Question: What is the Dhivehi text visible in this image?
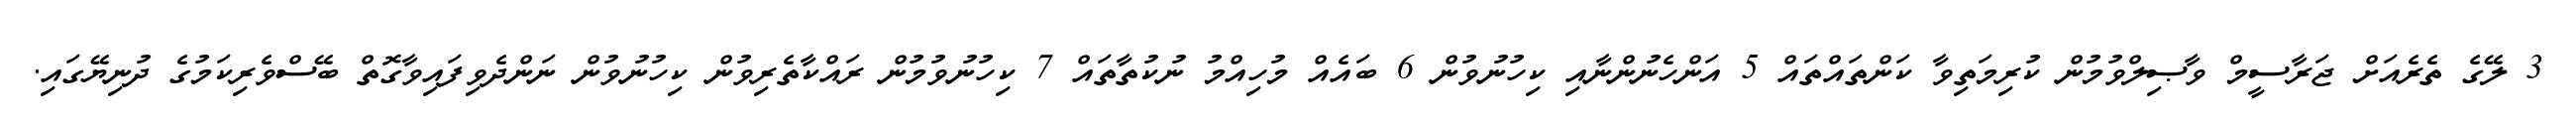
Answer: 3 ލޭގެ ތެރެއަށް ޖަރާސީމް ވާޞިލްވުމުން ކުރިމަތިވާ ކަންތައްތައް 5 އަންހެނުންނާއި ކިހުނުވުން 6 ބައެއް މުހިއްމު ނުކުތާތައް 7 ކިހުނުވުމުން ރައްކާތެރިވުން ކިހުނުވުން ނަންދެވިފައިވާގޮތް ބޭސްވެރިކަމުގެ ދުނިޔޭގައި.